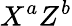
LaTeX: X^{a}Z^{b}